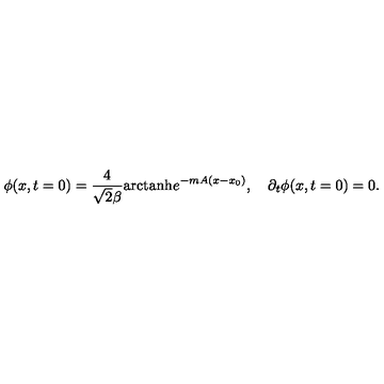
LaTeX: \phi ( x , t = 0 ) = { \frac { 4 } { \sqrt 2 \beta } } \mathrm { a r c t a n h } e ^ { - m A ( x - x _ { 0 } ) } , \quad \partial _ { t } \phi ( x , t = 0 ) = 0 .